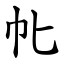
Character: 㠲